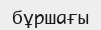
бұршағы